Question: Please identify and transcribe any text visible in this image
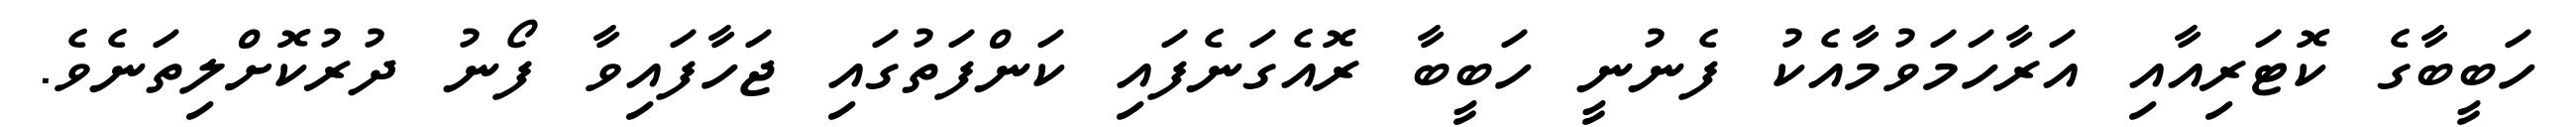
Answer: ހަބީބާގެ ކޮޓަރިއާއި އަރާހަމަވުމާއެކު ފެނުނީ ހަބީބާ ރޮއެގަނެފައި ކަންފަތުގައި ޖަހާފައިވާ ފޯނު ދުރުކޮށްލިތަނެވެ.